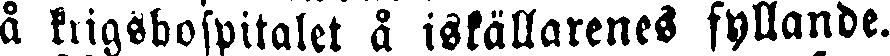
å krigshospitalet å iskällarenes fyllande.